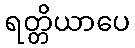
ရတ္တိယာပေ